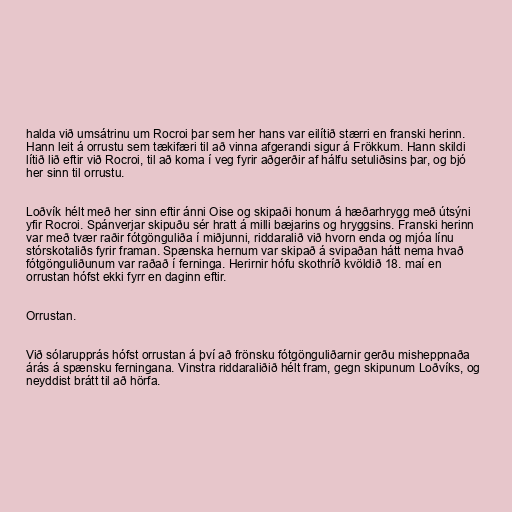
halda við umsátrinu um Rocroi þar sem her hans var eilítið stærri en franski herinn.
Hann leit á orrustu sem tækifæri til að vinna afgerandi sigur á Frökkum. Hann skildi
lítið lið eftir við Rocroi, til að koma í veg fyrir aðgerðir af hálfu setuliðsins þar, og bjó
her sinn til orrustu.

Loðvík hélt með her sinn eftir ánni Oise og skipaði honum á hæðarhrygg með útsýni
yfir Rocroi. Spánverjar skipuðu sér hratt á milli bæjarins og hryggsins. Franski herinn
var með tvær raðir fótgönguliða í miðjunni, riddaralið við hvorn enda og mjóa línu
stórskotaliðs fyrir framan. Spænska hernum var skipað á svipaðan hátt nema hvað
fótgönguliðunum var raðað í ferninga. Herirnir hófu skothríð kvöldið 18. maí en
orrustan hófst ekki fyrr en daginn eftir.

Orrustan.

Við sólarupprás hófst orrustan á því að frönsku fótgönguliðarnir gerðu misheppnaða
árás á spænsku ferningana. Vinstra riddaraliðið hélt fram, gegn skipunum Loðvíks, og
neyddist brátt til að hörfa.